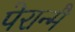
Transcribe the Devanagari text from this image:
पेरान्मै